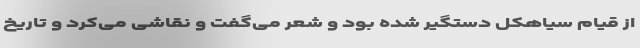
از قیام سیاهکل دستگیر شده بود و شعر می‌گفت و نقاشی می‌کرد و تاریخ